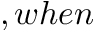
, w h e n